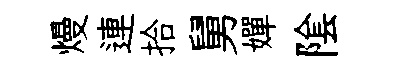
熳連拾舅嬋隂